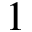
1